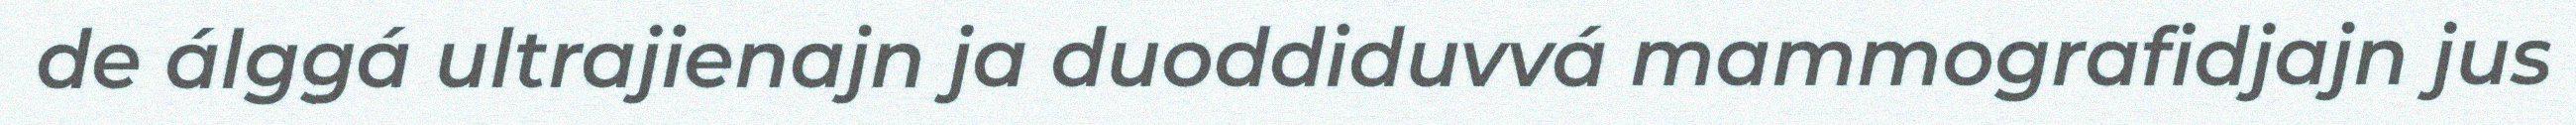
de álggá ultrajienajn ja duoddiduvvá mammografidjajn jus